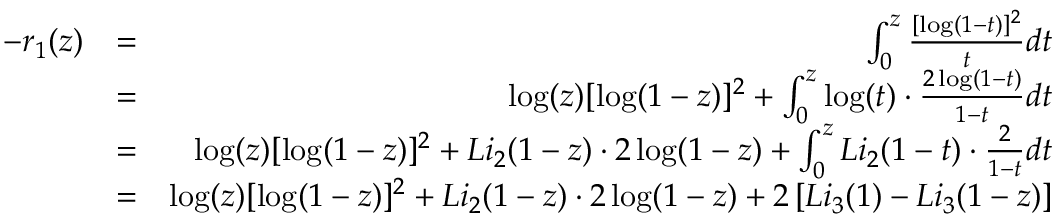
\begin{array} { r l r } { - r _ { 1 } ( z ) } & { = } & { \int _ { 0 } ^ { z } \frac { [ \log ( 1 - t ) ] ^ { 2 } } { t } d t } \\ & { = } & { \log ( z ) [ \log ( 1 - z ) ] ^ { 2 } + \int _ { 0 } ^ { z } \log ( t ) \cdot \frac { 2 \log ( 1 - t ) } { 1 - t } d t } \\ & { = } & { \log ( z ) [ \log ( 1 - z ) ] ^ { 2 } + L i _ { 2 } ( 1 - z ) \cdot 2 \log ( 1 - z ) + \int _ { 0 } ^ { z } L i _ { 2 } ( 1 - t ) \cdot \frac { 2 } { 1 - t } d t } \\ & { = } & { \log ( z ) [ \log ( 1 - z ) ] ^ { 2 } + L i _ { 2 } ( 1 - z ) \cdot 2 \log ( 1 - z ) + 2 \left[ L i _ { 3 } ( 1 ) - L i _ { 3 } ( 1 - z ) \right] } \end{array}